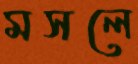
মসলে